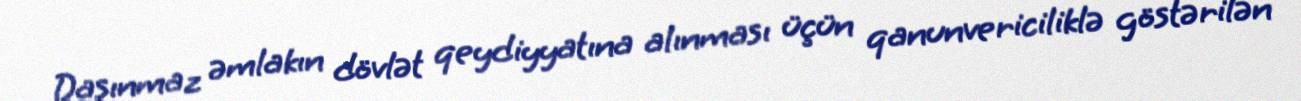
Daşınmaz əmlakın dövlət qeydiyyatına alınması üçün qanunvericiliklə göstərilən